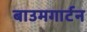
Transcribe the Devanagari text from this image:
बाउमगार्टन